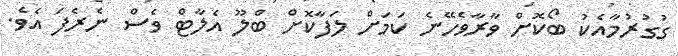
ގުގުރުމާއެކު ބޯކޮށް ވާރާވެހޭނެ ކަމަށް ލަފާކޮށް ބްލޫ އެލާޓް ވެސް ނެރެފަ އެވެ.